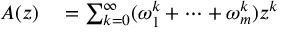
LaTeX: \begin{array} { r l } { A ( z ) } & { { } = \sum _ { k = 0 } ^ { \infty } ( \omega _ { 1 } ^ { k } + \cdots + \omega _ { m } ^ { k } ) z ^ { k } } \end{array}